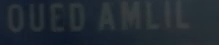
OUEDAMLIL